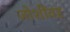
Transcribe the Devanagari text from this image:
जोशींवर